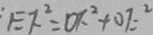
^ { : } E F ^ { 2 } = O F ^ { 2 } + O F ^ { 2 }